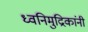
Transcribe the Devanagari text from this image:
ध्वनिमुद्रिकांनी